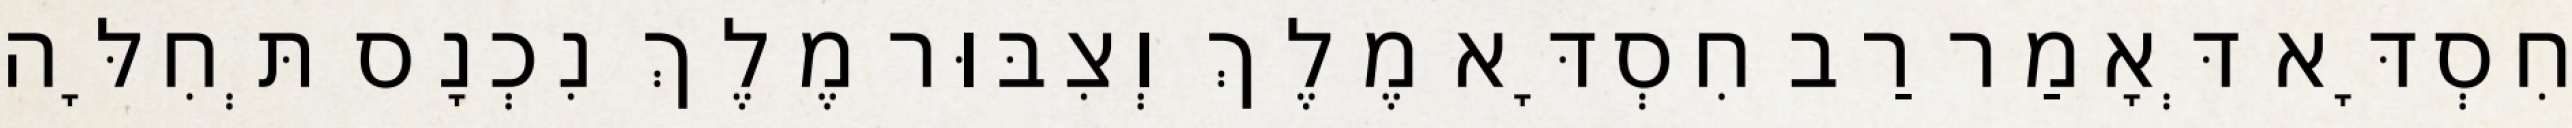
חִסְדָּא דְּאָמַר רַב חִסְדָּא מֶלֶךְ וְצִבּוּר מֶלֶךְ נִכְנָס תְּחִלָּה